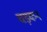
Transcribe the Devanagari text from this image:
घड़कन